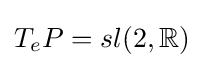
T_{e}P=sl(2,\mathbb {R} )